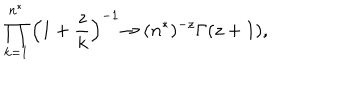
LaTeX: \prod _ { k = 1 } ^ { n ^ { * } } \left( 1 + \frac { z } { k } \right) ^ { - 1 } { \rightarrow } ~ ( n ^ { * } ) ^ { - z } \Gamma ( z + 1 ) ,